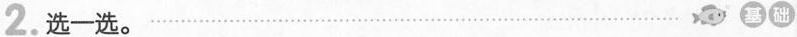
2.选一选 基(础